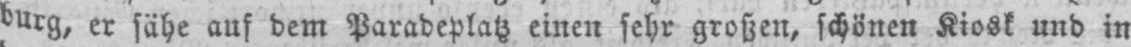
burg, er sähe auf dem Paradeplatz einen sehr großen, schönen Kiosk und in